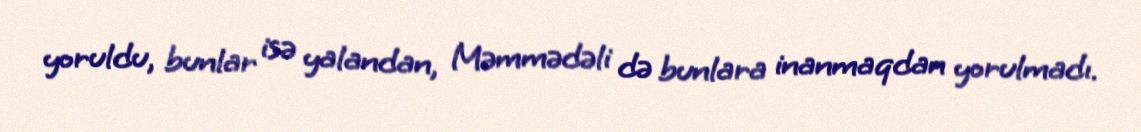
yoruldu, bunlar isə yalandan, Məmmədəli də bunlara inanmaqdan yorulmadı.